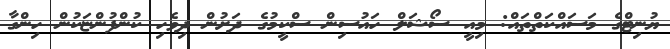
ޔުނިޓްގެ މަސައްކަތްތައް: މިއީ ސޯޝަލް ހައުސިން ސްކީމުގެ ދަށުން ދިވެހި ކުންފުންޏަކުން ހިންގާ